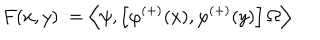
LaTeX: F ( x , y ) : = \left\langle \psi , \left[ \varphi ^ { ( + ) } ( x ) , \varphi ^ { ( + ) } ( y ) \right] \Omega \right\rangle